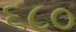
૬૮૦